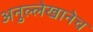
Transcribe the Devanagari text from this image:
अनुल्लेखानेच